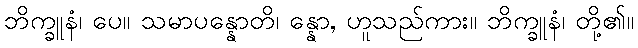
ဘိက္ခူနံ၊ ပေ။ သမာပန္နောတိ၊ န္နော, ဟူသည်ကား။ ဘိက္ခူနံ၊ တို့၏။